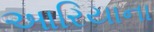
આરિયાના